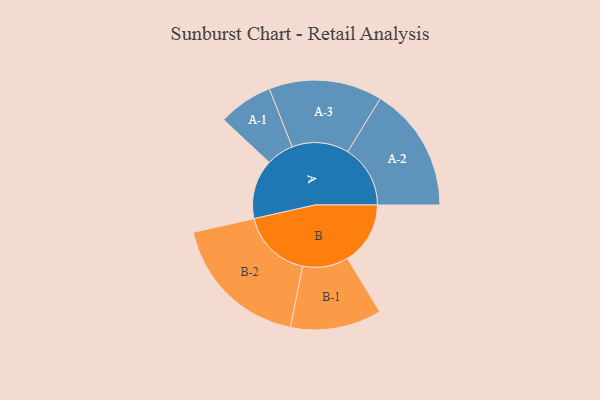
{"axis": {"x": "Segment", "y": "Value"}, "legend": ["", "A", "B"], "data": [{"x": "A", "y": 253, "type": ""}, {"x": "B", "y": 267, "type": ""}, {"x": "A-1", "y": 116, "type": "A"}, {"x": "A-2", "y": 266, "type": "A"}, {"x": "A-3", "y": 241, "type": "A"}, {"x": "B-1", "y": 194, "type": "B"}, {"x": "B-2", "y": 300, "type": "B"}]}